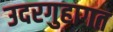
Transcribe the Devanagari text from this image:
उदरगुहागत